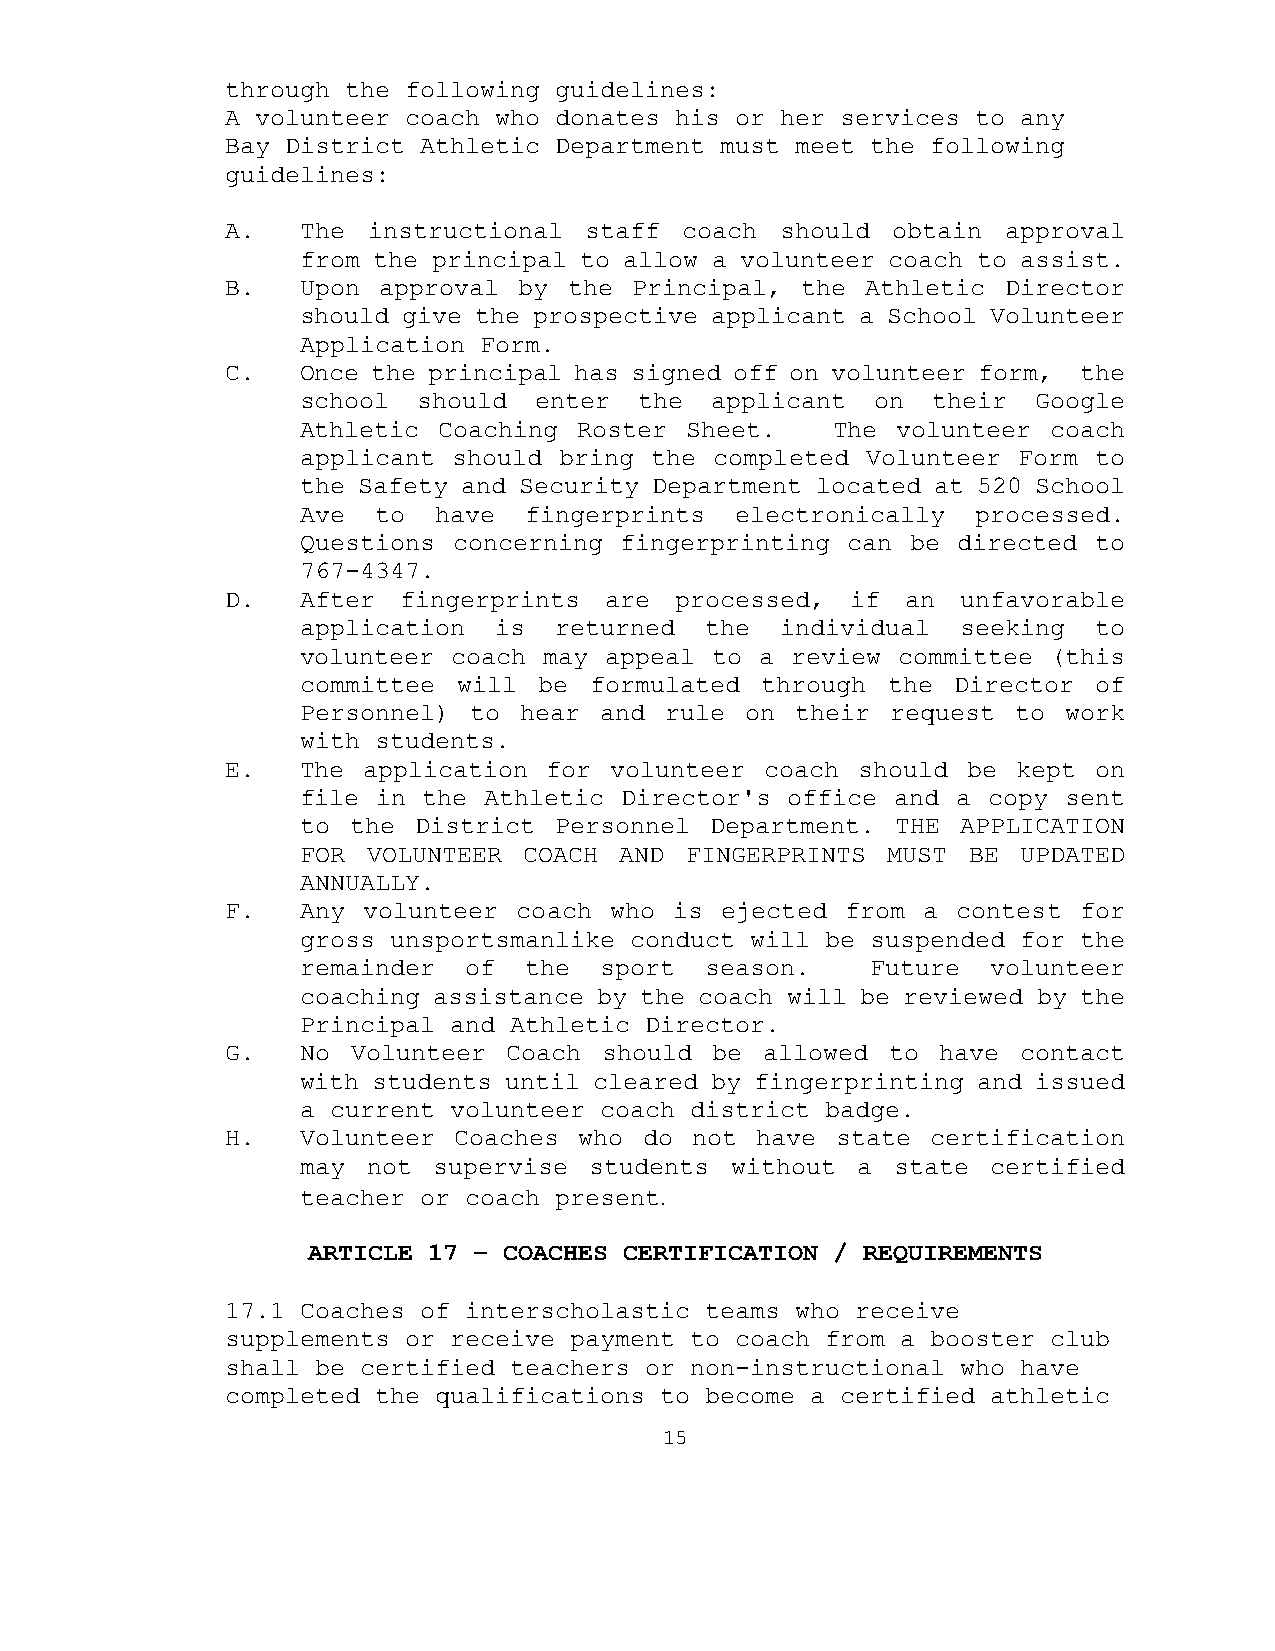
through the following guidelines:
 A volunteer coach who donates his or her services to any
 Bay District Athletic Department must meet the following
 guidelines:
 A.   The instructional  staff coach  should obtain  approval
 from the principal to allow a volunteer coach to assist.
 B.   Upon approval by  the Principal, the Athletic  Director
 should give the prospective applicant a School Volunteer
 Application Form.
 C.   Once the principal has signed off on volunteer form, the
 school  should enter  the  applicant  on  their Google
 Athletic Coaching Roster Sheet.    The volunteer  coach
 applicant should bring the completed Volunteer Form to
 the Safety and Security Department located at 520 School
 Ave  to  have  fingerprints  electronically  processed.
 Questions concerning fingerprinting can be directed to
 767-4347.
 D.   After fingerprints  are  processed, if  an  unfavorable
 application  is  returned  the  individual  seeking to
 volunteer coach may appeal to a review committee  (this
 committee will  be formulated through  the Director  of
 Personnel) to hear  and rule on  their request to work
 with students.
 E.   The application for volunteer  coach should be kept on
 file in the Athletic Director's office and a copy sent
 to the District  Personnel Department. THE  APPLICATION
 FOR VOLUNTEER  COACH AND FINGERPRINTS  MUST BE  UPDATED
 ANNUALLY.
 F.   Any volunteer coach who  is ejected from a contest for
 gross unsportsmanlike conduct will be suspended for the
 remainder  of  the  sport  season.    Future  volunteer
 coaching assistance by the coach will be reviewed by the
 Principal and Athletic Director.
 G.   No Volunteer  Coach should be  allowed to have  contact
 with students until cleared by fingerprinting and issued
 a current volunteer coach district badge.
 H.   Volunteer Coaches who  do not have state  certification
 may not  supervise students without  a state  certified
 teacher or coach present.
 ARTICLE 17 – COACHES CERTIFICATION / REQUIREMENTS
 17.1 Coaches of interscholastic teams who receive
 supplements or receive payment to coach from a booster club
 shall be certified teachers or non-instructional who have
 completed the qualifications to become a certified athletic
 15